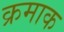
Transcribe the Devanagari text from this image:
क्रमाक